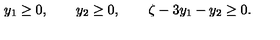
y _ { 1 } \geq 0 , \qquad y _ { 2 } \geq 0 , \qquad \zeta - 3 y _ { 1 } - y _ { 2 } \geq 0 .